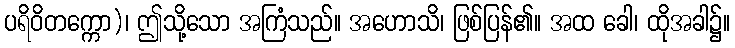
ပရိဝိတက္ကော)၊ ဤသို့သော အကြံသည်။ အဟောသိ၊ ဖြစ်ပြန်၏။ အထ ခေါ၊ ထိုအခါ၌။